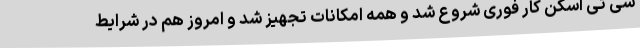
سی تی اسکن کار فوری شروع شد و همه امکانات تجهیز شد و امروز هم در شرایط